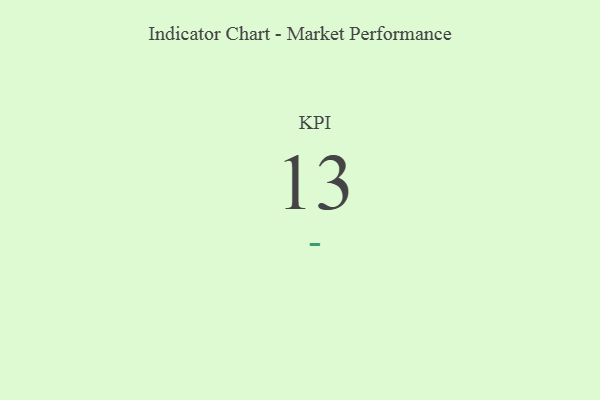
{"axis": {"x": "KPI", "y": "Value"}, "legend": [""], "data": [{"x": "KPI", "y": 13, "type": ""}]}